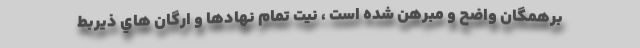
برهمگان واضح و مبرهن شده است ، ‌نيت تمام نهادها و ارگان هاي ذيربط